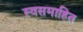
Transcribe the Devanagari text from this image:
स्वसमाहित